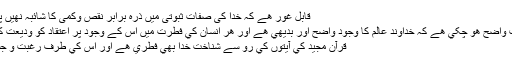
قابل غور ھے کہ خدا کی صفات ثبوتی میں ذرہ برابر نقص وکمی کا شائبہ نھیں پایا جاسکتا
قبلا ًيہ بات واضح ھو چکي ھے کہ خداوند عالم کا وجود واضح اور بديھي ھے اور ھر انسان کي فطرت ميں اس کے وجود پر اعتقاد کو وديعت کيا گيا ھے
قرآن مجيد کي آيتوں کي رو سے شناخت خدا بھي فطري ھے اور اس کي طرف رغبت و جستجو بھي۔